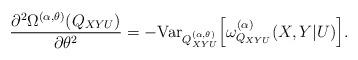
LaTeX: \begin{align*}\frac{\partial^{2}\Omega^{(\alpha,\theta)}(Q_{XYU})}{\partial\theta^{2}} & =-\mathrm{Var}_{Q_{XYU}^{(\alpha,\theta)}}\Big[\omega_{Q_{XYU}}^{(\alpha)}(X,Y|U)\Big].\end{align*}